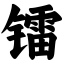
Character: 镭